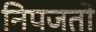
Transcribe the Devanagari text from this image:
निपजतो